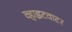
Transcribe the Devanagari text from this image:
व्हाइटवाटर